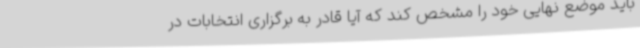
باید موضع نهایی خود را مشخص کند که آیا قادر به برگزاری انتخابات در